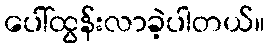
ပေါ်ထွန်းလာခဲ့ပါတယ်။